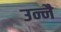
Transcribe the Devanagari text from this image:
उन्नै